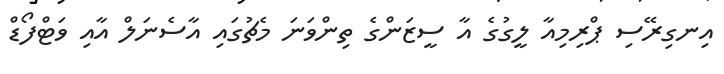
އިނގިރޭސި ޕްރިމިއާ ލީގުގެ އާ ސީޒަންގެ ތިންވަނަ މެޗުގައި އާސެނަލް އާއި ވަޓްފޯޑް